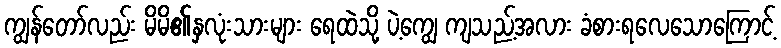
ကျွန်တော်လည်း မိမိ၏နှလုံးသားများ ရေထဲသို့ ပဲ့ကျွေ ကျသည့်အလား ခံစားရလေသောကြောင့်